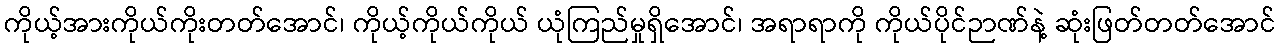
ကိုယ့်အားကိုယ်ကိုးတတ်အောင်၊ ကိုယ့်ကိုယ်ကိုယ် ယုံကြည်မှုရှိအောင်၊ အရာရာကို ကိုယ်ပိုင်ဉာဏ်နဲ့ ဆုံးဖြတ်တတ်အောင်